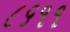
૮૬૧૧